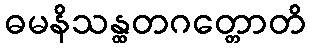
ဓမနိသန္ထတဂတ္တောတိ